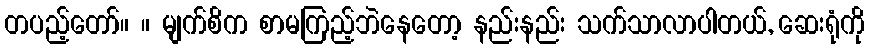
တပည့်တော်။ ။ မျက်စိက စာမကြည့်ဘဲနေတော့ နည်းနည်း သက်သာလာပါတယ်, ဆေးရုံကို